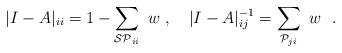
LaTeX: \begin{align*}|I-A|_{ii} = 1 - \sum_{{\cal SP}_{ii}} \ w \ , \quad|I-A|_{ij}^{-1} = \sum_{{\cal P}_{ji}} \ w \ \ .\end{align*}